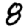
Digit: 8